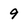
Character: 9